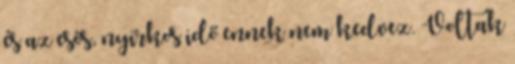
és az esős, nyirkos idő ennek nem kedvez. Voltak